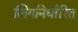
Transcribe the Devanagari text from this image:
लिंगनिर्धारित